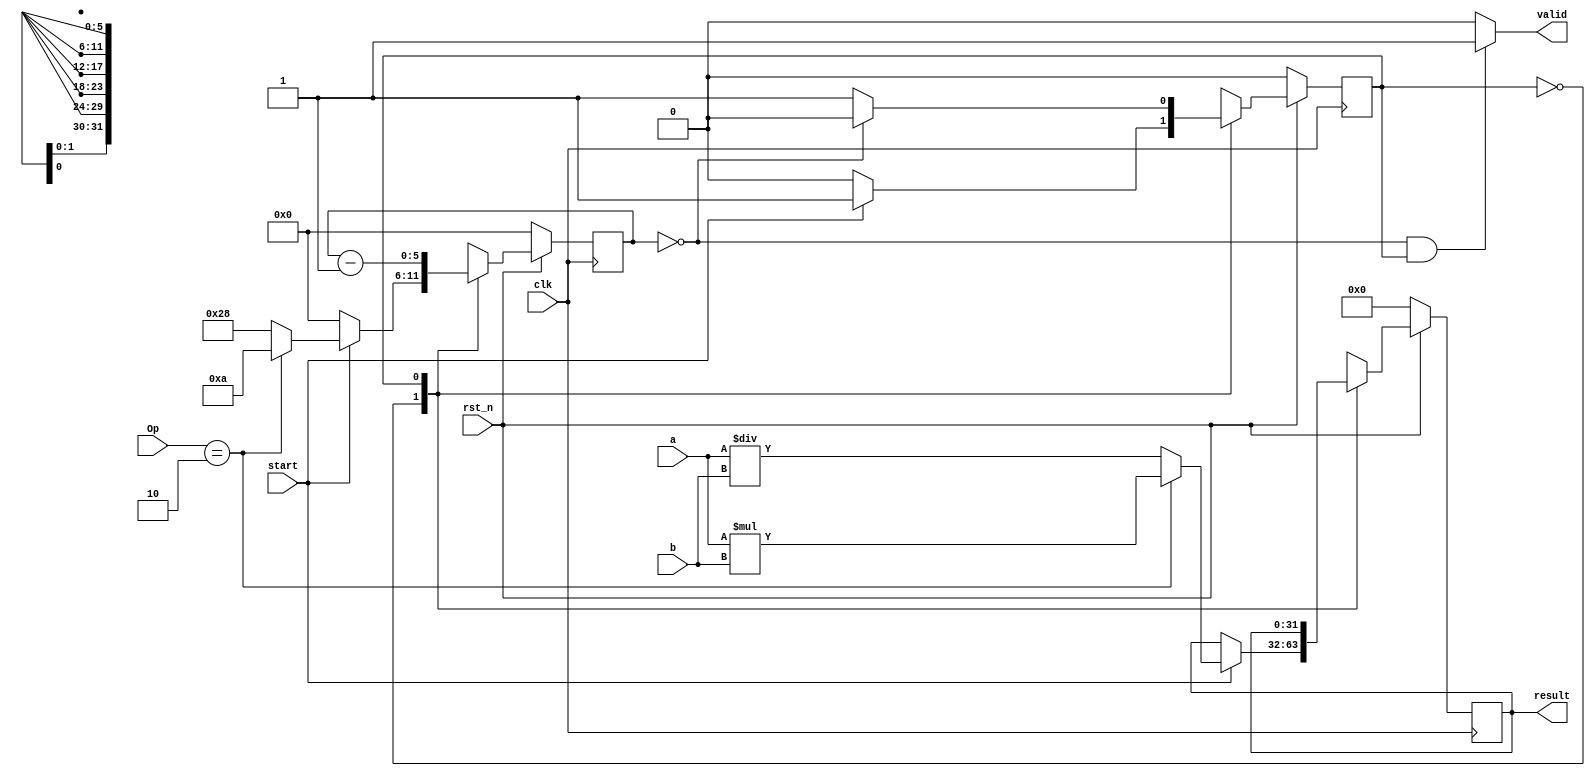
/*
 * multipiler that takes 10 cycles;
 * divider takes 40 cycles
 *
 *
 * */
module EXE_mul(
	input clk,
	input rst_n,
	input start,
	input [2:0] Op,
	input [31:0] a,
	input [31:0] b,
	output valid,
	output reg [31:0] result
);
localparam IDLE = 0,BUSY = 1;
reg state,next_state;
reg [31:0] result_next;
reg [31:0] delay0,delay0_next;
reg [5:0] counter, counter_next;
always@(posedge clk)begin
	if(~rst_n)begin
		state <= 0;
		result <= 0;
//		delay0 <= 0;
		counter <= 0;
	end else begin
		state <= next_state;
		result <= result_next;
//		delay0 <= delay0_next;
		counter <= counter_next;
	end
end

//computation logic
/*
always@(*)begin
	case(Op)
		1'b0:	delay0_next = a + b;
		1'b1:   delay0_next = a - b;
	endcase
end
*/
//valid control via a FSM ,control signals start and the counter value

always@(*)begin
	case(state)
		IDLE:	begin
					if(start)begin
						next_state = BUSY;
						if(Op==2)begin
							result_next = a*b;
							counter_next = 10;
						end else begin
							result_next = a/b;
							counter_next = 40;
						end
					end else begin
						next_state = IDLE;
						result_next = result;
						counter_next = 0;
					end
				end
		BUSY:	begin
					counter_next = counter - 1;
					result_next = result;
					if(counter == 0)begin
						next_state = IDLE;
					end else begin
						next_state = BUSY;
					end	
				end
	endcase
end

assign valid = (counter==0&&state==BUSY)?1:0;


endmodule